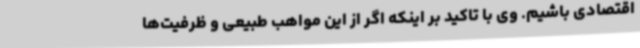
اقتصادی باشیم. وی با تاکید بر اینکه اگر از این مواهب طبیعی و ظرفیت‌ها